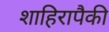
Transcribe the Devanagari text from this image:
शाहिरापैकी